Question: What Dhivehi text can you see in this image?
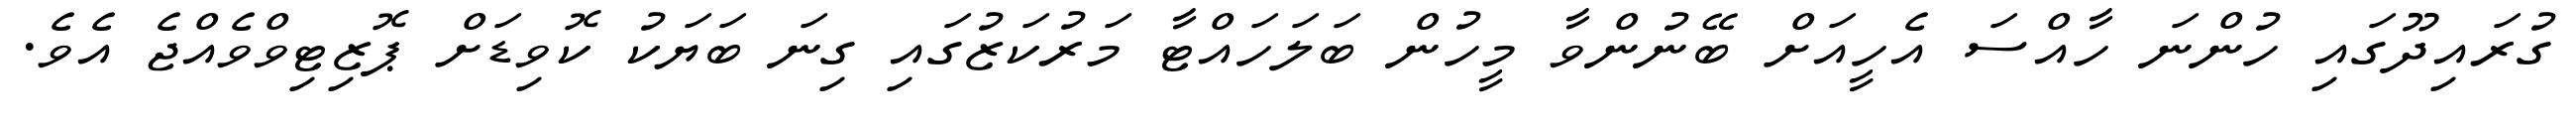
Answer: ގުރައިދޫގައި ހުންނަ ހާއްސަ އެހީއަށް ބޭނުންވާ މީހުން ބަލަހައްޓާ މަރުކަޒުގައި ގިނަ ބަޔަކު ކޮވިޑަށް ޕޮޒިޓިވްވެއްޖެ އެވެ.